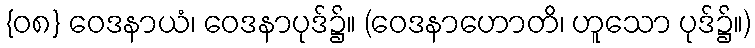
{၀၈} ဝေဒနာယံ၊ ဝေဒနာပုဒ်၌။ (ဝေဒနာဟောတိ၊ ဟူသော ပုဒ်၌။)